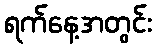
ရက်နေ့အတွင်း